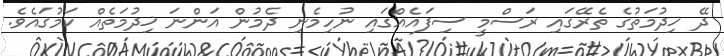
ދޭ ޚިދުމަތުގެ ތެރޭގައި ރަސްމީ ސިފައެއްގައި ނުހިމެނި ދެމުން އަންނަ ޚިދުމަތެއް ކަމުގައެވެ.